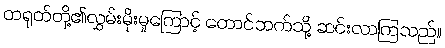
တရုတ်တို့၏လွှမ်းမိုးမှုကြောင့် တောင်ဘက်သို့ ဆင်းလာကြသည်။